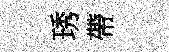
琇帶